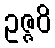
ဥဇ္ဇဝိ